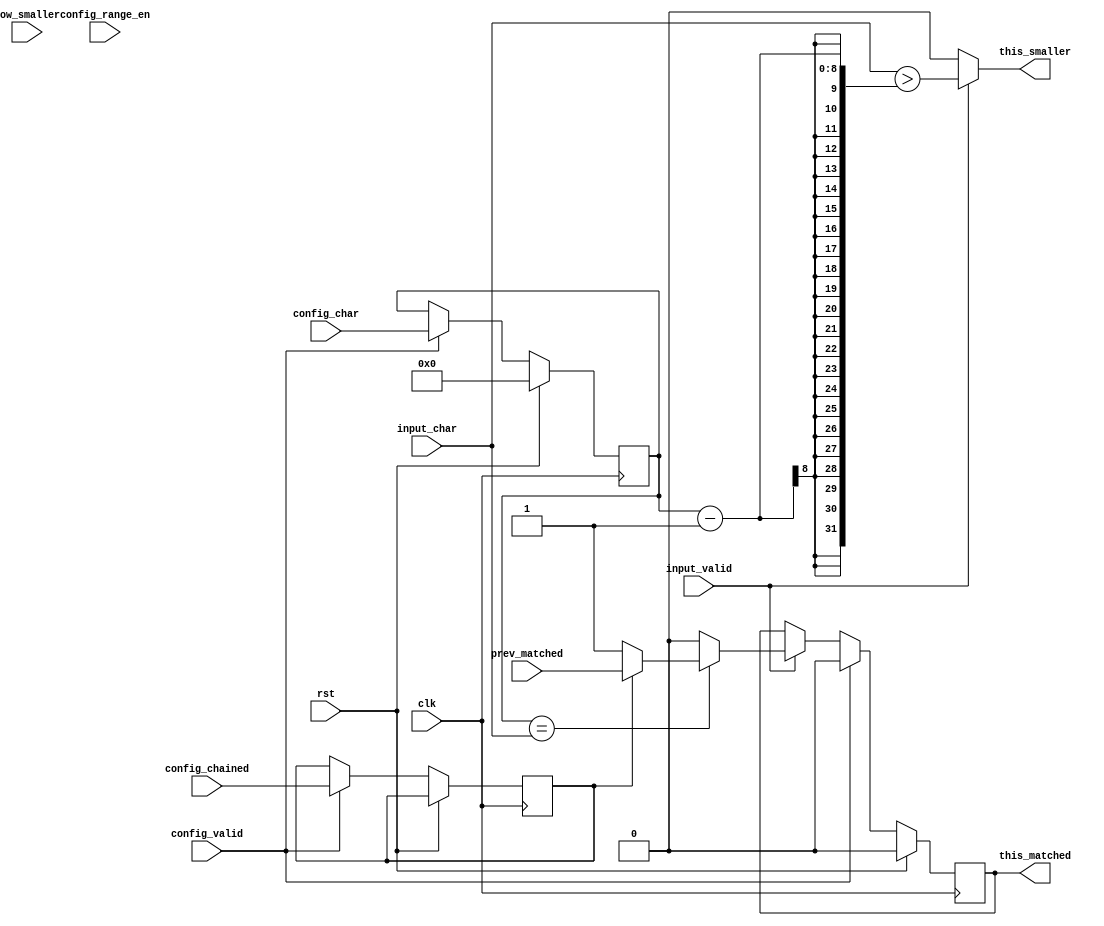
module rem_halfrange #(parameter HIGH_HALF=0)
    (
    clk,
    rst,
    config_valid,
    config_char,
    config_chained,
    config_range_en,
    input_valid,
    input_char,
    prev_matched,    
    this_matched,
    low_smaller,
    this_smaller
    );
  input clk;
  input rst;
  input config_valid;
  input [7:0] config_char;
  input       config_chained;
  input       config_range_en; 
  input       input_valid;
  input [7:0] input_char;
  input       prev_matched;
  input       low_smaller; 
  output      this_matched;
  output      this_smaller; 
  reg         char_match;
  reg [7:0]   char_data;
  reg 	      is_chained;
  reg         is_ranged;
  assign this_matched = char_match;
  assign this_smaller = (HIGH_HALF==0 && input_valid==1) ? input_char>char_data-1 : 0;  
  always @(posedge clk)
  begin
    if(rst) begin
      char_data <= 0;
      char_match <= 0;
    end    
    else begin      
      if (input_valid==1) begin
        if (char_data==input_char) begin
          char_match <= is_chained ? prev_matched : 1;
        end
        else begin
          if (HIGH_HALF==1 && is_ranged==1 && char_data>input_char && low_smaller==1) begin
            char_match <= 1;
          end 
          else begin
            char_match <= 0;               
          end
        end 
      end
      if (config_valid==1) begin
        char_data <= config_char;
        is_chained <= config_chained;
        is_ranged <= config_range_en;
        char_match <= 0;
      end
    end              	     
  end
endmodule